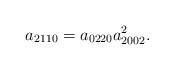
LaTeX: \begin{align*} a_{2110} = a_{0220} a_{2002}^{2}.\end{align*}